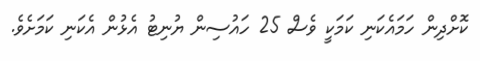
ކޮށްދިން ހަމައެކަނި ކަމަކީ ވެސް 25 ހައުސިން ޔުނިޓު އެޅުން އެކަނި ކަމަށެވެ.